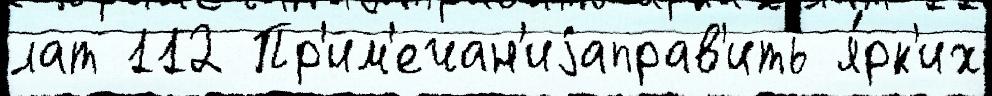
лат 112 Пр'им'ечан'иjаправ'ить я́рк'их